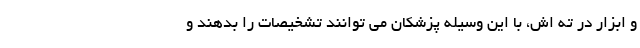
و ابزار در ته اش، با این وسیله پزشکان می توانند تشخیصات را بدهند و